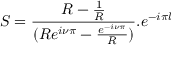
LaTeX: S = \frac { R - \frac { 1 } { R } } { ( R e ^ { i \nu \pi } - \frac { e ^ { - i \nu \pi } } { R } ) } . e ^ { - i \pi l }